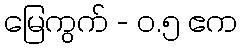
မြေကွက် - ၀.၅ ဧက